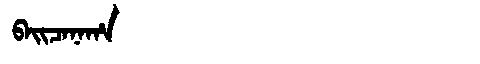
Manchu: ᠪᠠᡳᠴᠠᠨᠠᡥᠠ
Romanization: BAICANAHA